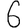
Digit: 6